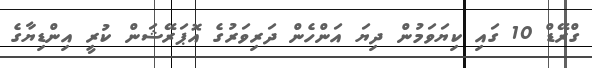
ގްރޭޑް 10 ގައި ކިޔަވަމުން ދިޔަ އަންހެން ދަރިވަރުގެ އޮޕަރޭޝަން ކުރީ އިންޑިޔާގެ